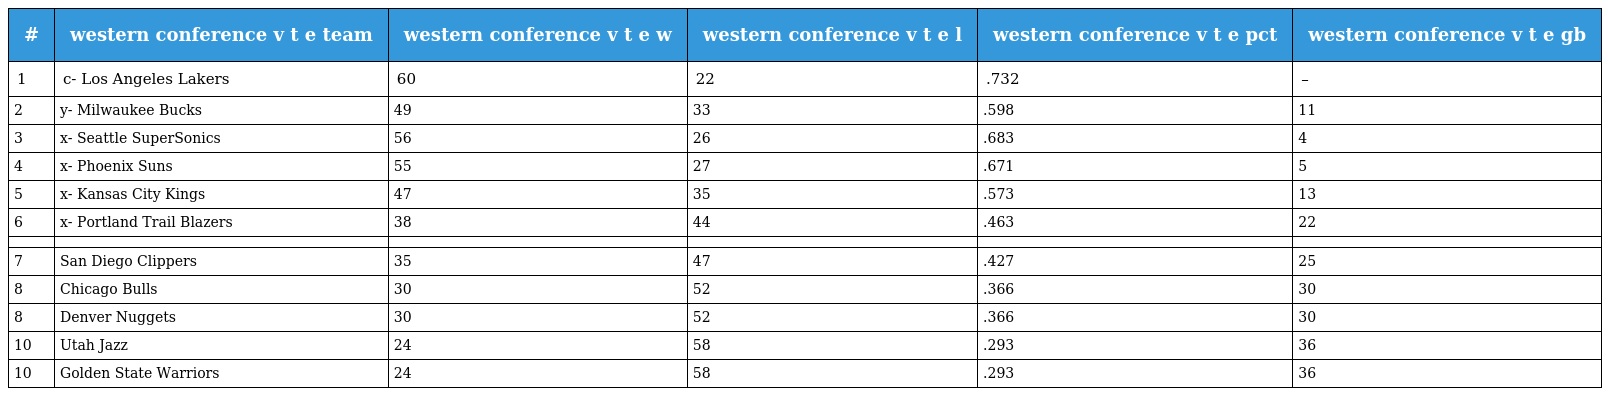
| # | western conference v t e team | western conference v t e w | western conference v t e l | western conference v t e pct | western conference v t e gb |
 | --- | --- | --- | --- | --- | --- |
 | 1 | c- Los Angeles Lakers | 60 | 22 | .732 | – |
 | 2 | y- Milwaukee Bucks | 49 | 33 | .598 | 11 |
 | 3 | x- Seattle SuperSonics | 56 | 26 | .683 | 4 |
 | 4 | x- Phoenix Suns | 55 | 27 | .671 | 5 |
 | 5 | x- Kansas City Kings | 47 | 35 | .573 | 13 |
 | 6 | x- Portland Trail Blazers | 38 | 44 | .463 | 22 |
 |  |  |  |  |  |  |
 | 7 | San Diego Clippers | 35 | 47 | .427 | 25 |
 | 8 | Chicago Bulls | 30 | 52 | .366 | 30 |
 | 8 | Denver Nuggets | 30 | 52 | .366 | 30 |
 | 10 | Utah Jazz | 24 | 58 | .293 | 36 |
 | 10 | Golden State Warriors | 24 | 58 | .293 | 36 |